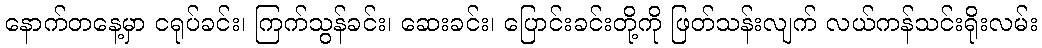
နောက်တနေ့မှာ ငရုပ်ခင်း၊ ကြက်သွန်ခင်း၊ ဆေးခင်း၊ ပြောင်းခင်းတို့ကို ဖြတ်သန်းလျက် လယ်ကန်သင်းရိုးလမ်း